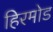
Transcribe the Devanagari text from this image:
हिरमोड